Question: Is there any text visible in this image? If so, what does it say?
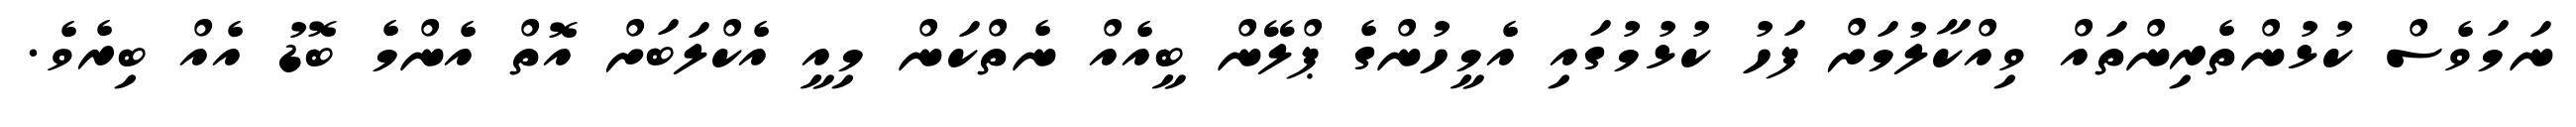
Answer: ނަމަވެސް ކުޅުންތެރިންތައް ވިއްކާލުމަށް ފަހު ކުޅުމުގައި އެމީހުންގެ ޕްލޭން ބީއެއް ނެތްކަން މިއީ އެކްލަބަށް އޮތް އެންމެ ބޮޑު އެއް ބިރެވެ.